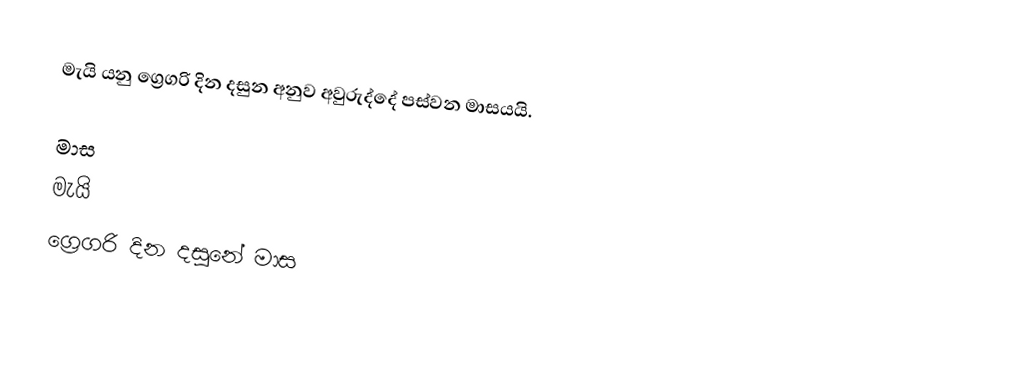
මැයි යනු ග්‍රෙගරි දින දසුන අනුව අවුරුද්දේ පස්වන මාසයයි.

මාස
මැයි
ග්‍රෙගරි දින දසුනේ මාස